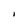
Character: I